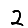
Digit: 2